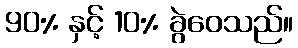
90% နှင့် 10% ခွဲဝေသည်။